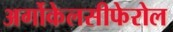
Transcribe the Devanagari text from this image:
अर्गोकेलसीफेरोल